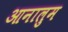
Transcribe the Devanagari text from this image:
आनालुम